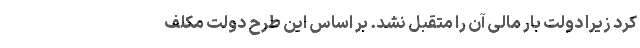
کرد زیرا دولت بار مالی آن را متقبل نشد. بر اساس این طرح دولت مکلف